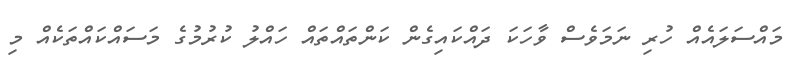
މައްސަލައެއް ހުރި ނަމަވެސް ވާހަކަ ދައްކައިގެން ކަންތައްތައް ހައްލު ކުރުމުގެ މަސައްކައްތަކެއް މި